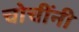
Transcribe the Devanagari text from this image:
चोचींनी